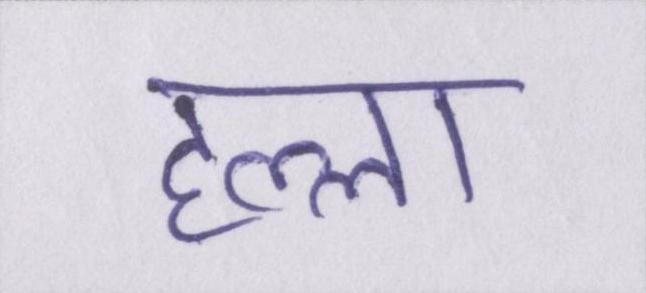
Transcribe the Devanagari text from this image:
हल्ला